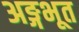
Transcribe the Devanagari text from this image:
अङ्गभूत